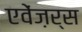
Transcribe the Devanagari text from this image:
एवेंज़र्स